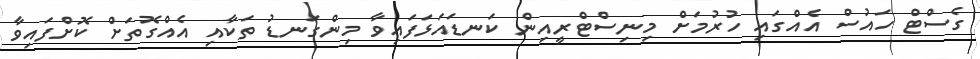
ގެސްޓް ހައުސް އެއްގައި ހުރުމަށް މިނިސްޓްރީއިން ކަނޑަައަޅަފައިވާ މިންގަނޑު ތަކާއި އެއްގޮތަށް ކޮށްފައިވާ